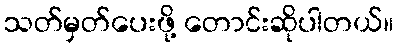
သတ်မှတ်ပေးဖို့ တောင်းဆိုပါတယ်။